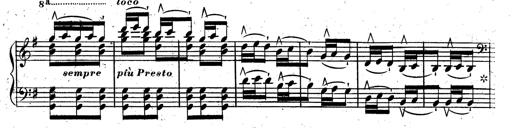
Title: Rondeau fantastique sur un thÃ¨me espagnol
Composer: Franz Liszt